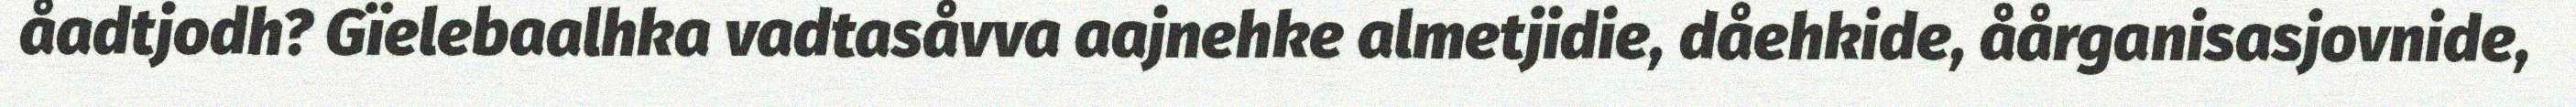
åadtjodh? Gïelebaalhka vadtasåvva aajnehke almetjidie, dåehkide, åårganisasjovnide,